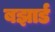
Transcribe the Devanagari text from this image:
बझार्ड